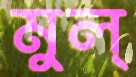
মুল্